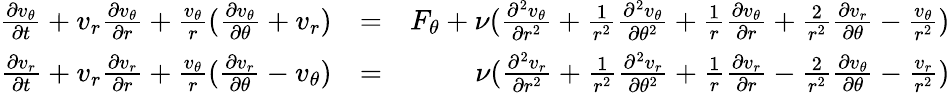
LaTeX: \begin{array}{rlr}{\frac{\partial v_{\theta}}{\partial t}+v_{r}\frac{\partial v_{\theta}}{\partial r}+\frac{v_{\theta}}{r}(\frac{\partial v_{\theta}}{\partial\theta}+v_{r})}&{=}&{F_{\theta}+\nu(\frac{\partial^{2}v_{\theta}}{\partial r^{2}}+\frac{1}{r^{2}}\frac{\partial^{2}v_{\theta}}{\partial\theta^{2}}+\frac{1}{r}\frac{\partial v_{\theta}}{\partial r}+\frac{2}{r^{2}}\frac{\partial v_{r}}{\partial\theta}-\frac{v_{\theta}}{r^{2}})}\\ {\frac{\partial v_{r}}{\partial t}+v_{r}\frac{\partial v_{r}}{\partial r}+\frac{v_{\theta}}{r}(\frac{\partial v_{r}}{\partial\theta}-v_{\theta})}&{=}&{\nu(\frac{\partial^{2}v_{r}}{\partial r^{2}}+\frac{1}{r^{2}}\frac{\partial^{2}v_{r}}{\partial\theta^{2}}+\frac{1}{r}\frac{\partial v_{r}}{\partial r}-\frac{2}{r^{2}}\frac{\partial v_{\theta}}{\partial\theta}-\frac{v_{r}}{r^{2}})}\end{array}